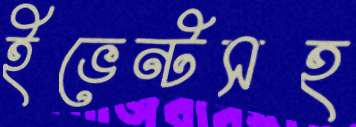
ইভেন্টসহ